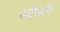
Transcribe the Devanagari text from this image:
स्टेलॉन